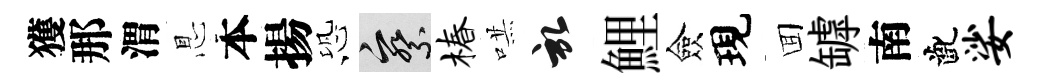
獲那渭㤙本揚恐察椿哄啓鯉僉現囬罅南齔娑